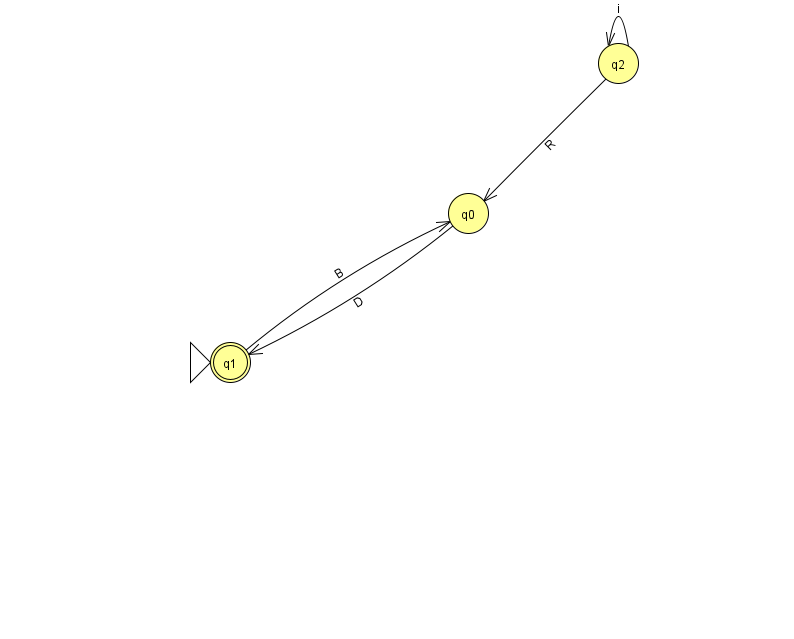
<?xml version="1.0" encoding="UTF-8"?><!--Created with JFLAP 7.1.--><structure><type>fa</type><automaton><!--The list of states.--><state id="0" name="q0"><x>468.0</x><y>200.0</y></state><state id="1" name="q1"><x>230.0</x><y>349.0</y><initial/><final/></state><state id="2" name="q2"><x>618.0</x><y>50.0</y></state><!--The list of transitions.--><transition><from>2</from><to>0</to><read>R</read></transition><transition><from>1</from><to>0</to><read>B</read></transition><transition><from>2</from><to>2</to><read>i</read></transition><transition><from>0</from><to>1</to><read>D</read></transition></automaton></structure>